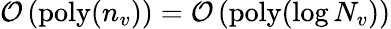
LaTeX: \mathcal{O}\left(\mathrm{poly}(n_{v})\right)=\mathcal{O}\left(\mathrm{poly}(\log N_{v})\right)